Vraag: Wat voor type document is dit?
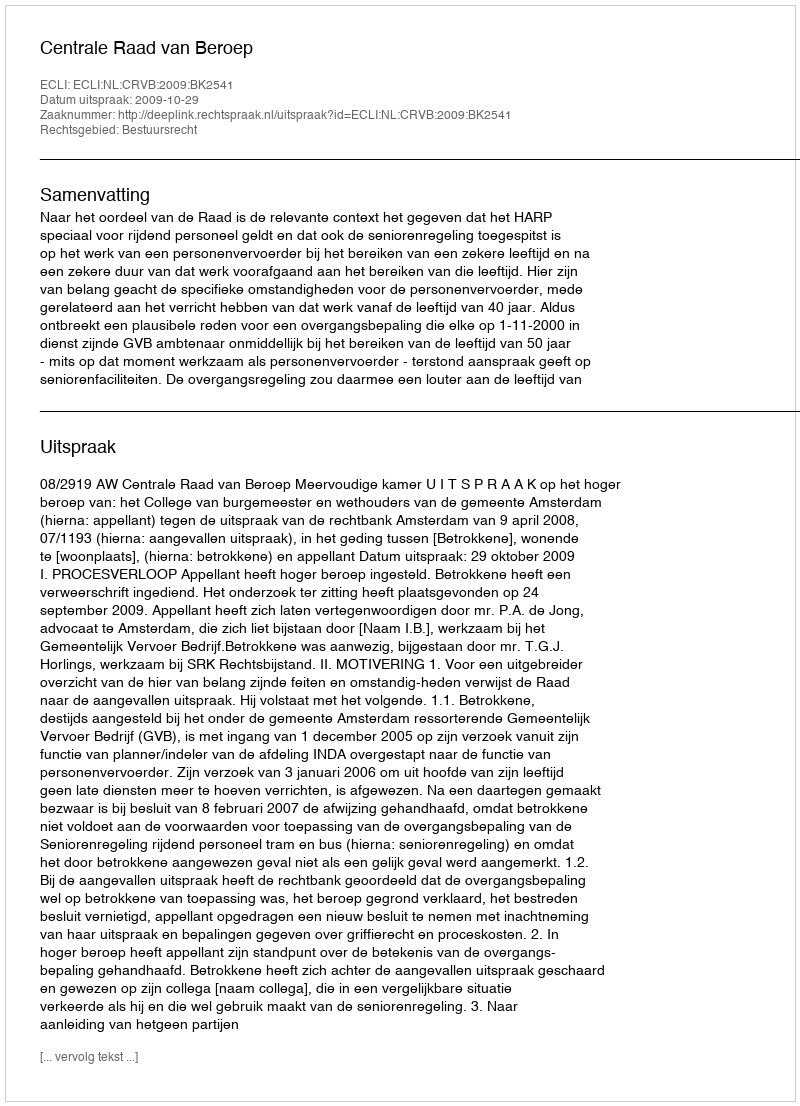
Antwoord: Uitspraak